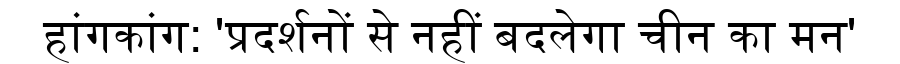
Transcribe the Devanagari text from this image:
हांगकांग: 'प्रदर्शनों से नहीं बदलेगा चीन का मन'